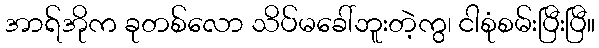
အာရ်အိုက ခုတစ်လော သိပ်မခေါ်ဘူးတဲ့ကွ၊ ငါစုံစမ်းပြီးပြီ။